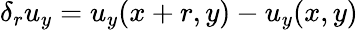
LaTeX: \delta_{r}u_{y}=u_{y}(x+r,y)-u_{y}(x,y)